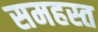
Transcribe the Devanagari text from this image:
समहस्त